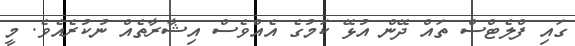
ގައި ފްލެޓްސް ތައް ދޭން އުޅޭ ކަމުގެ އެއްވެސް އިޝާރާތެއް ނުކުރެއެވެ. މީ